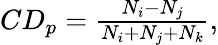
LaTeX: \begin{array}{r}{CD_{p}=\frac{N_{i}-N_{j}}{N_{i}+N_{j}+N_{k}},}\end{array}